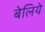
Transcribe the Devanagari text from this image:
बेलिये